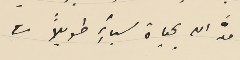
امدَّ الله بحياة سيادته طويلاً